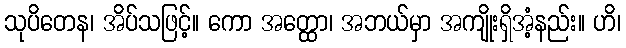
သုပိတေန၊ အိပ်သဖြင့်။ ကော အတ္ထော၊ အဘယ်မှာ အကျိုးရှိအံ့နည်း။ ဟိ၊